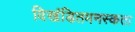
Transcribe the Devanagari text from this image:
विखंडितमनस्कता